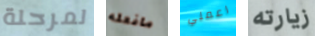
لمرحلة مافعله اعملي زيارته